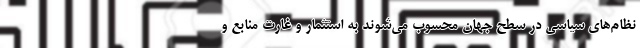
نظام‌های سیاسی در سطح جهان محسوب می‌شوند به استثمار و غارت منابع و